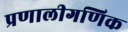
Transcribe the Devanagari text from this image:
प्रणालीगणिक